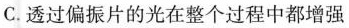
C.透过偏振片的光在整个过程中都增强